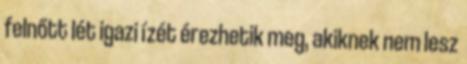
felnőtt lét igazi ízét érezhetik meg, akiknek nem lesz